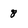
Character: 8